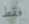
فقط